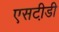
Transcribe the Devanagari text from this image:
एसटी़डी